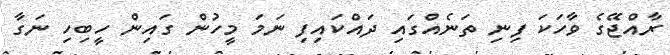
ރާއްޖޭގެ ވާހަކަ ފިނި ތަނެއްގައި ދައްކައިފި ނަމަ މީހުން ގައިން ހީބިހި ނަގާ